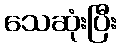
သေဆုံးပြီး